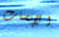
الإنصات